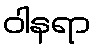
ဝါနရာ